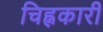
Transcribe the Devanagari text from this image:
चिह्नकारी